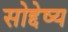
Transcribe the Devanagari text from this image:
सोद्देष्य